Lunatic asylums Bombay report 1891-1903 - 1891-1903
Year: 1891
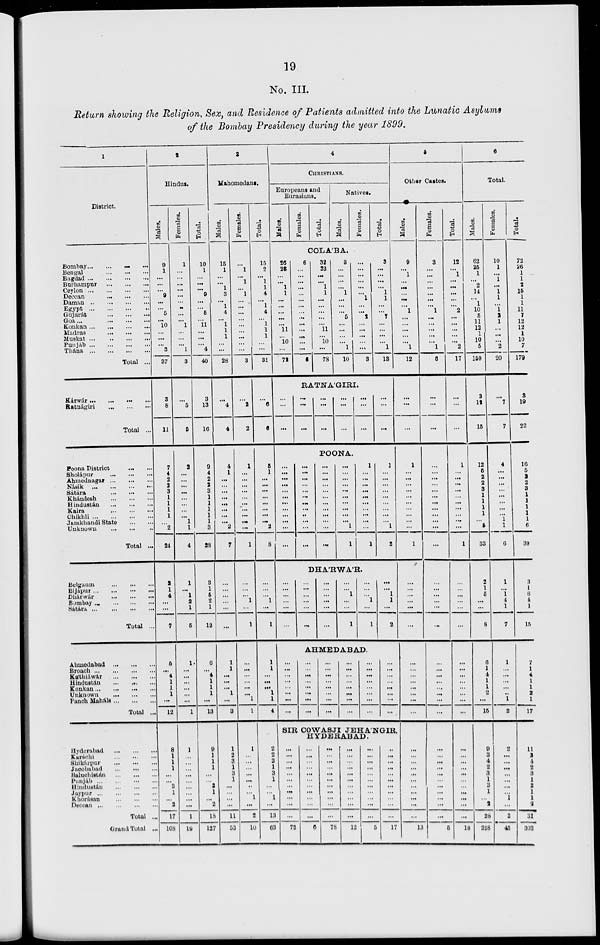
19
No. III.
Return showing the Religion, Sex, and Residence of Patients admitted into the Lunatic Asylums
of the Bombay Presidency during the year 1899.
1
District.
Bombay ... ... ...
Bengal
...
...
...
Bagdad
...
...
...
Burhampur
...
...
...
Ceylon
...
...
...
Deccan
...
...
...
Daman
...
...
...
Egypt
...
...
...
Gujarát
...
...
...
Goa
...
...
...
Konkan
...
...
...
Madras
...
...
...
Muskat
...
...
...
Punjáb
...
...
...
Thána
...
...
...
Total ...
Kárwár ...
...
...
Ratnágiri
...
...
...
Total ...
Poona District ... ... ...
Sholápur
...
...
...
Ahmednagar
...
...
...
Násik
...
...
...
Sátára
...
...
...
Khándesh
...
...
...
Hindustán
...
...
...
Kaira
...
...
...
Chikhli
...
...
...
Jamkhandi State ... ... ...
Unknown
...
...
...
Total ...
Belgaum
...
...
...
Bijápur
...
...
...
Dhárwár
...
...
...
Bombay
...
...
...
Sátára
...
...
...
Total ...
Ahmedabad
...
...
...
Broach ... ... ...
Káthiáwár
...
...
...
Hindustán ... ... ...
Konkan ... ... ...
Unknown ... ... ...
Panch Maháls ... ... ...
Total ...
Hyderabad
...
...
...
Karáchi
...
...
...
Shikárpur
...
...
...
Jacobabad
...
...
...
Baluchistán
...
...
...
Punjáb
...
...
...
Hindustán
...
...
...
Jaypur
...
...
...
Khorásan
...
...
...
Deccan
...
...
...
Total ...
Grand Total ...
2
Hindus.
Males.
9
1
...
...
...
9
...
...
5
...
10
...
...
...
3
37
3
8
11
7
4
2
2
3
1
1
1
1
...
2
24
2
1
4
...
...
7
5
...
4
1
1
1
...
12
8
1
1
1
...
...
3
1
...
2
17
108
Females.
1
...
...
...
...
...
...
...
...
...
1
...
...
...
1
3
...
5
5
2
...
...
...
...
...
...
...
...
1
1
4
1
...
1
2
1
5
1
...
...
...
...
...
...
1
1
...
...
...
...
...
...
...
...
...
1
19
Total.
10
1
...
...
...
9
...
...
5
...
11
...
...
...
4
40
3
13
16
9
4
2
2
3
1
1
1
1
1
3
28
3
1
5
2
1
12
6
...
4
1
1
1
...
13
9
1
1
1
...
...
3
1
...
2
18
127
3
Mahomedans.
Males.
15
1
...
...
1
3
...
1
4
...
1
1
1
...
...
28
...
4
4
4
1
...
...
...
...
...
...
...
...
2
7
...
...
...
...
...
...
1
1
...
...
...
1
...
3
1
2
3
1
3
1
...
...
...
...
11
53
Females.
...
1
...
1
...
1
...
...
...
...
...
...
...
...
...
3
...
2
2
1
...
...
...
...
...
...
...
...
...
...
1
...
...
...
1
...
1
...
...
...
...
...
...
1
1
1
...
...
...
...
...
...
...
1
...
2
10
Total.
15
2
...
1
1
4
...
1
4
...
1
1
1
...
...
31
...
6
6
5
1
...
...
...
...
...
...
...
...
2
8
...
...
...
1
...
1
1
1
...
...
...
1
1
4
2
2
3
1
3
1
...
...
1
...
13
63
4
CHRISTIANS.
Europeans and
Eurasians.
Males.
Females.
Total.
Natives.
Males.
Females.
Total.
COLA'BA.
26
23
...
...
1
1
...
...
...
...
...
11
...
10
...
72
6
...
...
...
...
...
...
...
...
...
...
...
...
...
...
6
32
23
...
...
1
1
...
...
...
...
...
11
...
10
...
78
3
...
...
...
...
1
...
...
...
5
...
...
...
...
1
10
...
...
...
...
...
...
1
...
...
2
...
...
...
...
...
3
3
...
...
...
...
1
1
...
...
7
...
...
...
...
1
13
RATNA'GIRI.
...
...
...
...
...
...
...
...
...
...
...
...
...
...
...
...
...
...
POONA.
...
...
...
...
...
...
...
...
...
...
...
...
...
...
...
...
...
...
...
...
...
...
...
...
...
...
...
...
...
...
...
...
...
...
...
...
...
...
...
...
...
...
...
...
...
...
1
1
1
...
...
...
...
...
...
...
...
...
...
1
1
...
...
...
...
...
...
...
...
...
1
2
DHA'RWA'R.
...
...
...
...
...
...
...
...
...
...
...
...
...
...
...
...
...
...
...
...
1
...
...
1
...
...
...
1
...
1
...
...
1
1
...
2
AHMEDABAD.
...
...
...
...
...
...
...
...
...
...
...
...
...
...
...
...
...
...
...
...
...
...
...
...
...
...
...
...
...
...
...
...
...
...
...
...
...
...
...
...
...
...
...
...
...
...
...
...
SIR COWASJI JEHA'NGIR,
HYDERABAD.
...
...
...
...
...
...
...
...
...
...
...
72
...
...
...
...
...
...
...
...
...
...
...
6
...
...
...
...
...
...
...
...
...
...
...
78
...
...
...
...
...
...
...
...
...
...
...
12
...
...
...
...
...
...
...
...
...
...
...
5
...
...
...
...
...
...
...
...
...
...
...
17
5
Other Castes.
Males.
9
...
1
...
...
...
...
...
1
...
...
...
...
...
1
12
...
...
...
1
...
...
...
...
...
...
...
...
...
...
1
...
...
...
...
...
...
...
...
...
...
...
...
...
...
...
...
...
...
...
...
...
...
...
...
...
13
Females.
3
...
...
...
...
...
...
...
1
...
...
...
...
...
1
5
...
...
...
...
...
...
...
...
...
...
...
...
...
...
...
...
...
...
...
...
...
...
...
...
...
...
...
...
...
...
...
...
...
...
...
...
...
...
...
...
5
Total.
12
...
1
...
...
...
...
...
2
...
...
...
...
...
2
17
...
...
...
1
...
...
...
...
...
...
...
...
...
...
1
...
...
...
...
...
...
...
...
...
...
...
...
...
...
...
...
...
...
...
...
...
...
...
...
...
18
6
Total.
Males.
62
25
1
...
2
14
...
1
10
5
11
12
1
10
5
159
3
12
15
12
5
2
2
3
1
1
1
1
...
5
33
2
1
5
...
...
8
6
1
4
1
1
2
...
15
9
3
4
2
3
1
3
1
...
2
28
258
Females.
10
1
...
1
...
1
1
...
1
2
1
...
...
...
2
20
...
7
7
4
...
...
...
...
...
...
...
...
1
1
6
1
...
1
4
1
7
1
...
...
...
...
...
1
2
2
...
...
...
...
...
...
...
1
...
3
45
Total.
72
26
1
1
2
15
1
1
11
7
12
12
1
10
7
179
3
19
22
16
5
2
2
3
1
1
1
1
1
6
39
3
1
6
4
1
15
7
1
4
1
1
2
1
17
11
3
4
2
3
1
3
1
1
2
31
303